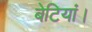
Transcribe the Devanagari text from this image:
बेटियां।